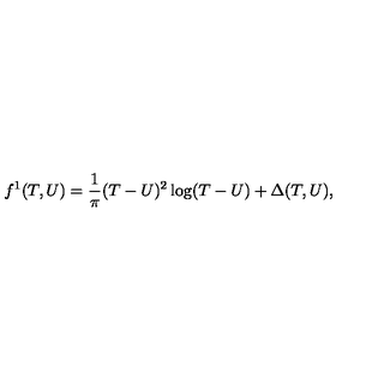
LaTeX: f ^ { 1 } ( T , U ) = { \frac { 1 } { \pi } } ( T - U ) ^ { 2 } \log ( T - U ) + \Delta ( T , U ) ,